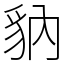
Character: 豽